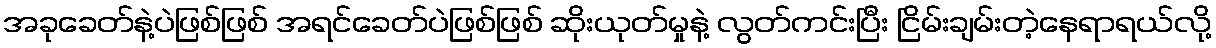
အခုခေတ်နဲ့ပဲဖြစ်ဖြစ် အရင်ခေတ်ပဲဖြစ်ဖြစ် ဆိုးယုတ်မှုနဲ့ လွတ်ကင်းပြီး ငြိမ်းချမ်းတဲ့နေရာရယ်လို့